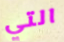
التي